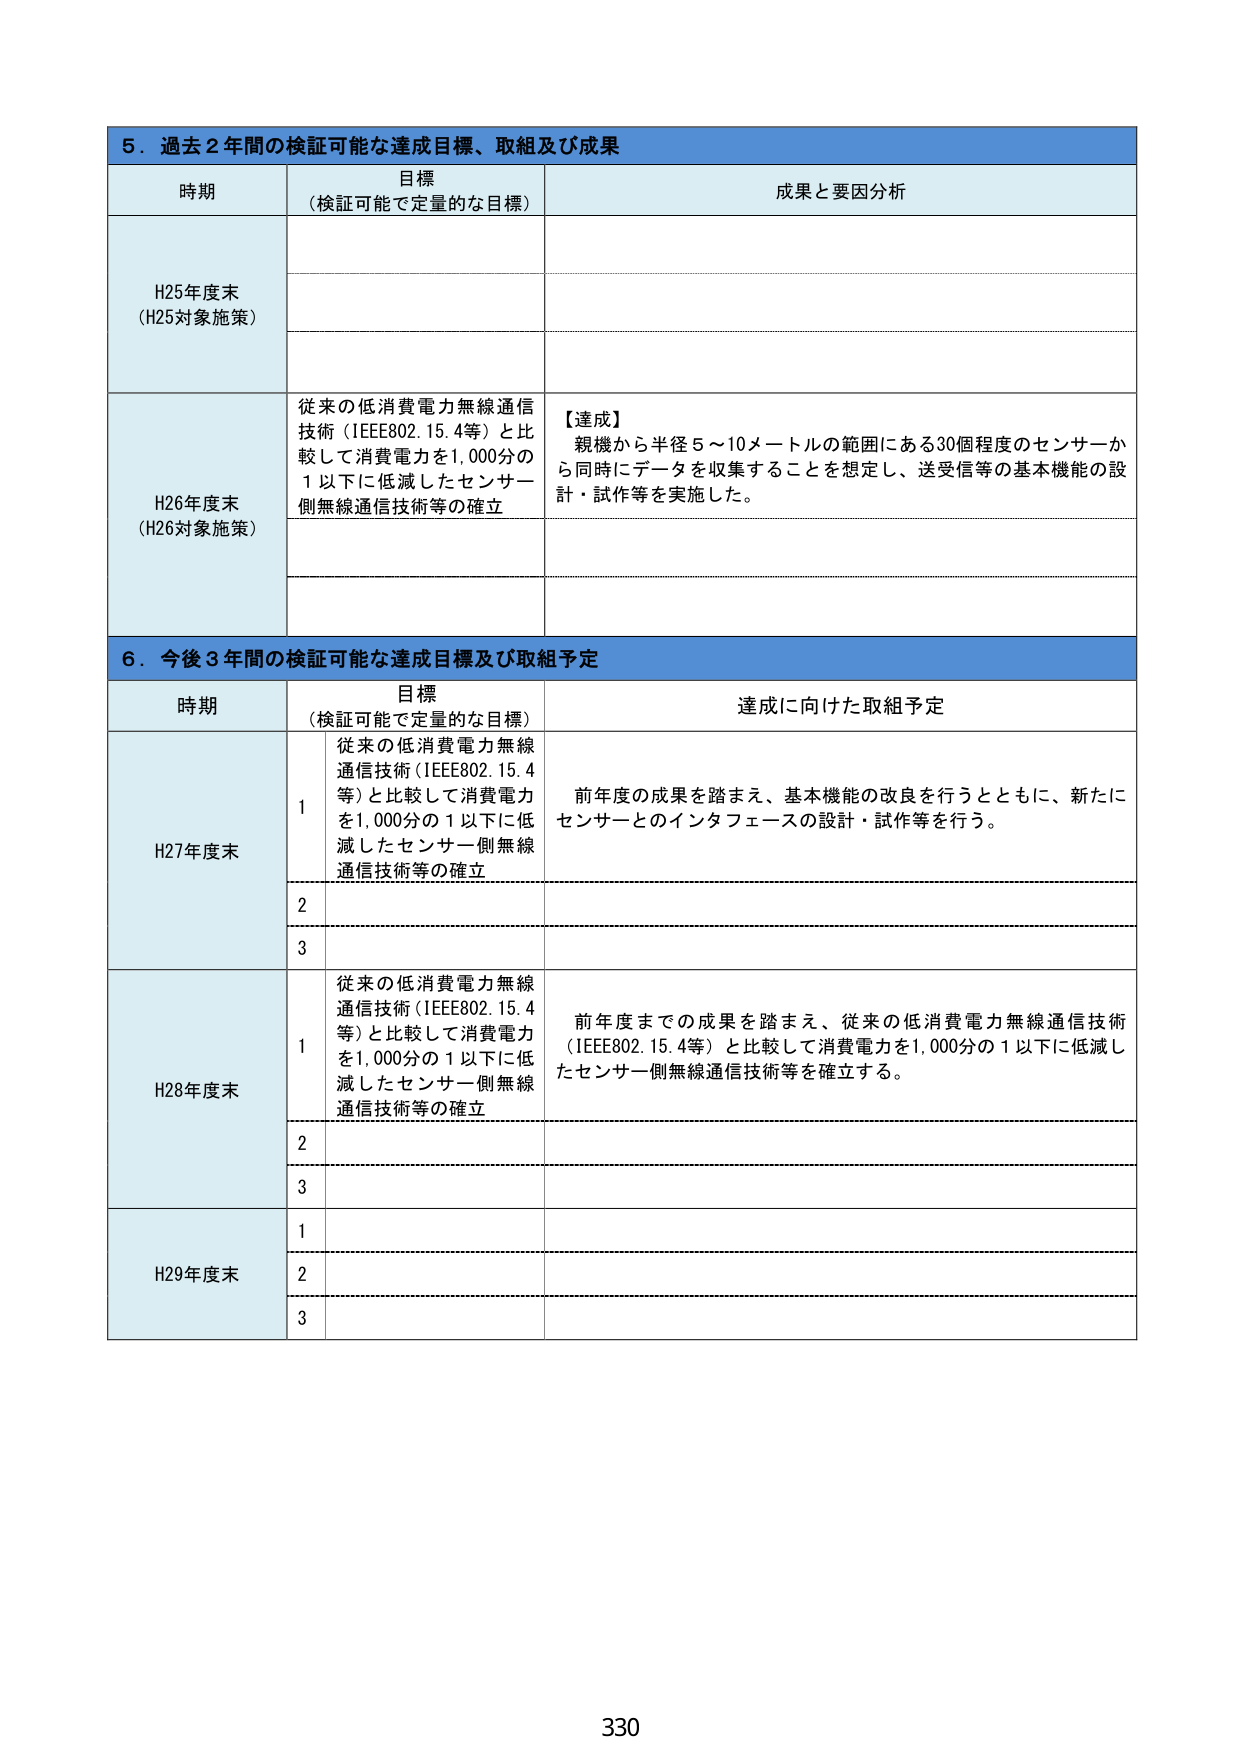
5．過去2年間の検証可能な達成目標、取組及び成果

時期 目標（検証可能で定量的な目標） 成果と要因分析

H25年度末 （H25対象施策）

H26年度末 （H26対象施策） 従来の低消費電力無線通信技術（IEEE802.15.4等）と比較して消費電力を1,000分の1以下に低減したセンサー側無線通信技術等の確立 【達成】 親機から半径5～10メートルの範囲にある30個程度のセンサーから同時にデータを収集することを想定し、送受信等の基本機能の設計・試作等を実施した。

6．今後3年間の検証可能な達成目標及び取組予定

時期 目標（検証可能で定量的な目標） 達成に向けた取組予定

H27年度末 1 従来の低消費電力無線通信技術（IEEE802.15.4等）と比較して消費電力を1,000分の1以下に低減したセンサー側無線通信技術等の確立 前年度の成果を踏まえ、基本機能の改良を行うとともに、新たにセンサーとのインタフェースの設計・試作等を行う。 2 3

H28年度末 1 従来の低消費電力無線通信技術（IEEE802.15.4等）と比較して消費電力を1,000分の1以下に低減したセンサー側無線通信技術等の確立 前年度までの成果を踏まえ、従来の低消費電力無線通信技術（IEEE802.15.4等）と比較して消費電力を1,000分の1以下に低減したセンサー側無線通信技術等を確立する。 2 3

H29年度末 1 2 3

330